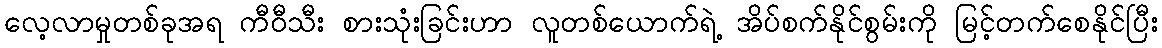
လေ့လာမှုတစ်ခုအရ ကီဝီသီး စားသုံးခြင်းဟာ လူတစ်ယောက်ရဲ့ အိပ်စက်နိုင်စွမ်းကို မြင့်တက်စေနိုင်ပြီး